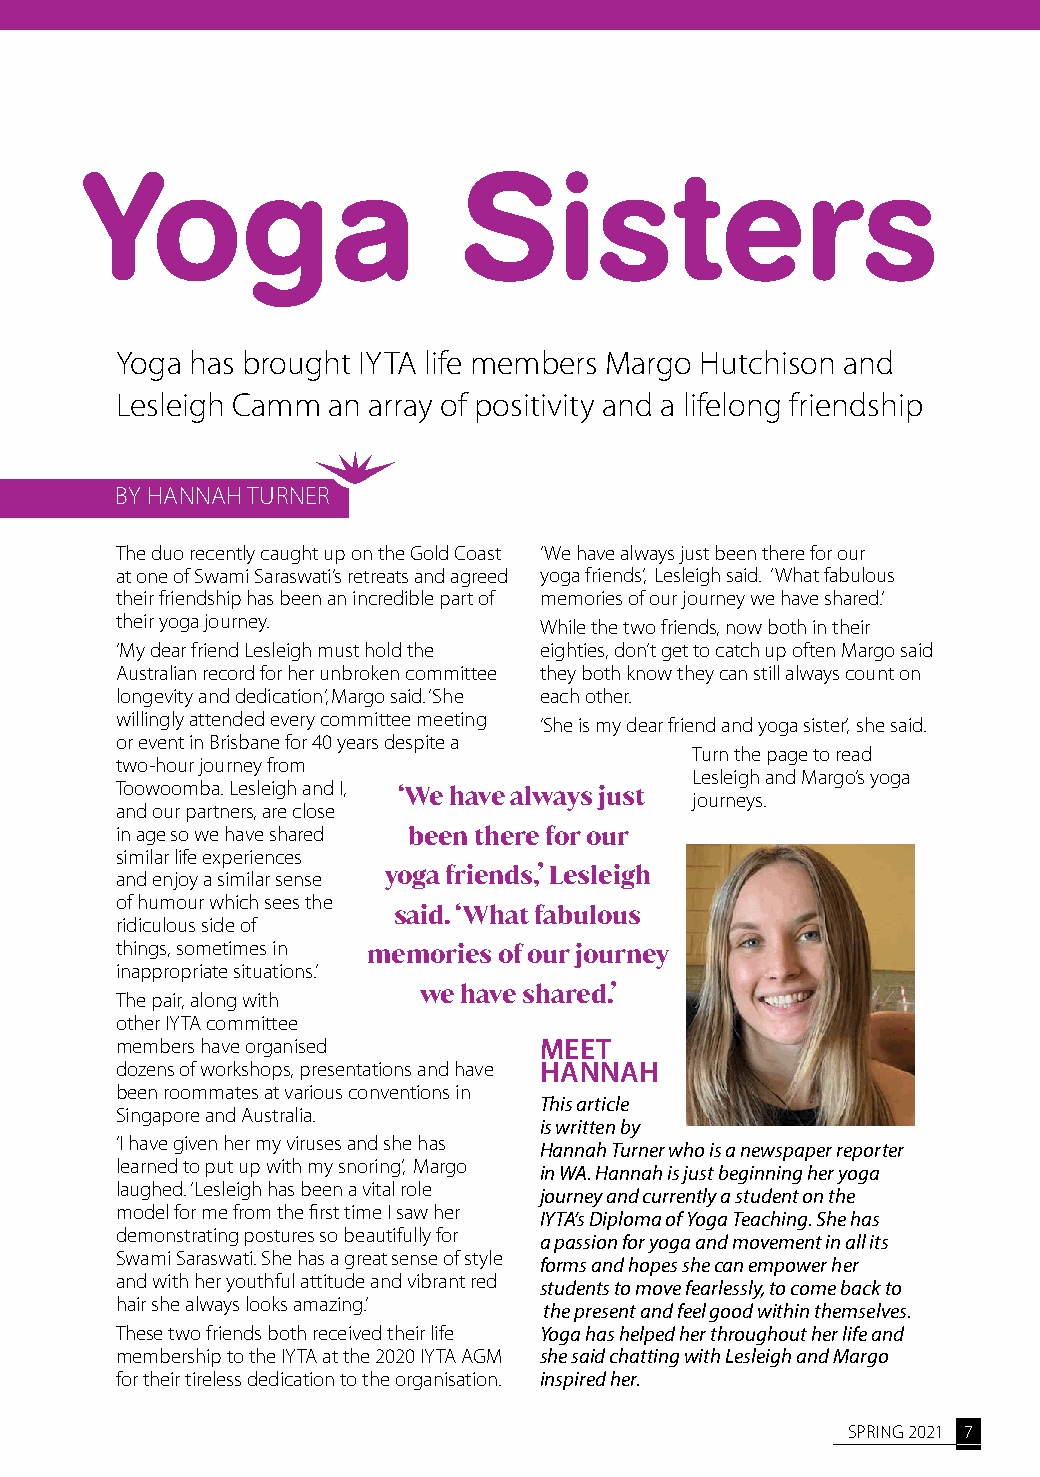
Yoga                     Sisters
 Yoga has brought IYTA life members Margo Hutchison and
 Lesleigh Camm an array of positivity and a lifelong friendship
 BY HANNAH TURNER
 The duo recently caught up on the Gold Coast ‘We have always just been there for our
 at one of Swami Saraswati’s retreats and agreed yoga friends,’ Lesleigh said. ‘What fabulous
 their friendship has been an incredible part of memories of our journey we have shared.’
 their yoga journey.         While the two friends, now both in their
 ‘My dear friend Lesleigh must hold the eighties, don’t get to catch up often Margo said
 Australian record for her unbroken committee they both know they can still always count on
 longevity and dedication,’ Margo said. ‘She each other.
 willingly attended every committee meeting ‘She is my dear friend and yoga sister,’ she said.
 or event in Brisbane for 40 years despite a
 Turn the page to read
 two-hour journey from
 Lesleigh and Margo’s yoga
 Toowoomba. Lesleigh and I,
 ‘We have always just journeys.
 and our partners, are close
 in age so we have shared been there for our
 similar life experiences
 and enjoy a similar sense yoga friends,’ Lesleigh
 of humour which sees the
 said. ‘What fabulous
 ridiculous side of
 things, sometimes in memories of our journey
 inappropriate situations.’
 The pair, along with we have shared.’
 other IYTA committee
 members have organised      MEET
 dozens of workshops, presentations and have HANNAH
 been roommates at various conventions in
 This article
 Singapore and Australia.
 is written by
 ‘I have given her my viruses and she has
 Hannah Turner who is a newspaper reporter
 learned to put up with my snoring,’ Margo
 in WA. Hannah is just beginning her yoga
 laughed. ‘Lesleigh has been a vital role
 journey and currently a student on the
 model for me from the first time I saw her
 IYTA’s Diploma of Yoga Teaching. She has
 demonstrating postures so beautifully for
 a passion for yoga and movement in all its
 Swami Saraswati. She has a great sense of style
 forms and hopes she can empower her
 and with her youthful attitude and vibrant red
 students to move fearlessly, to come back to
 hair she always looks amazing.’
 the present and feel good within themselves.
 These two friends both received their life Yoga has helped her throughout her life and
 membership to the IYTA at the 2020 IYTA AGM she said chatting with Lesleigh and Margo
 for their tireless dedication to the organisation. inspired her.
 SPRING 2021 7